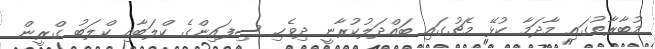
މުބާރާތުގައި މާދަމާ ކުޅޭ މެޗުގައި ބައްދަލުކުރާނީ ދިވެހި ސިފައިންގެ ކްލަބާއި ކްލަބު ގްރީން